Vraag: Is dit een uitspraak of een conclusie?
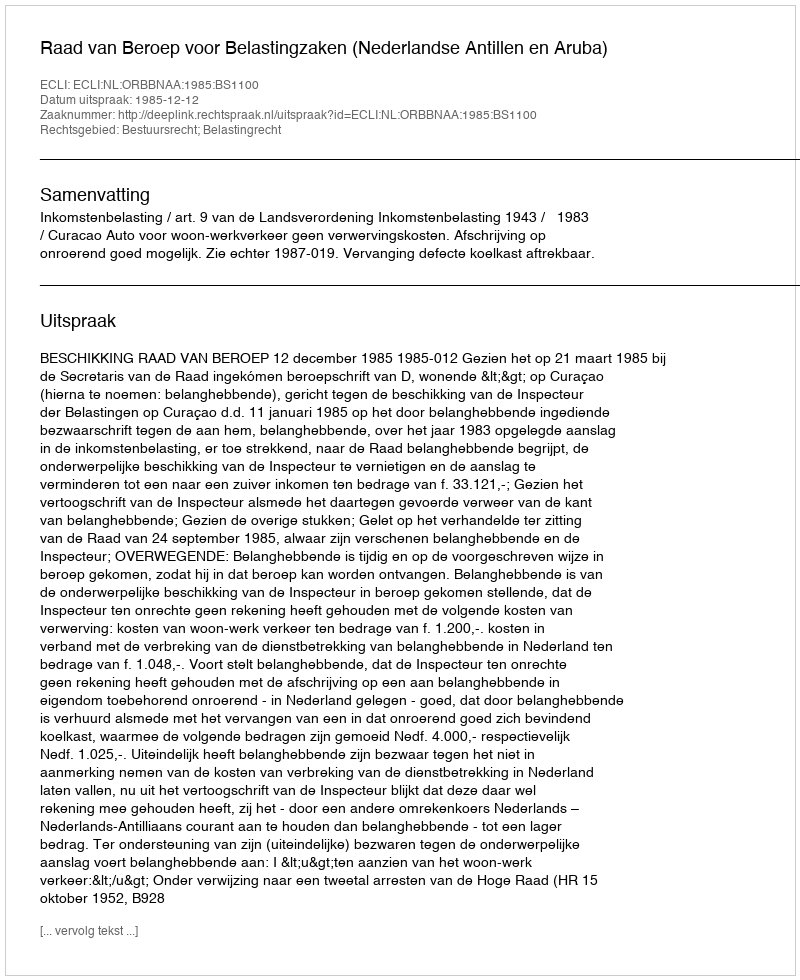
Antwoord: Uitspraak